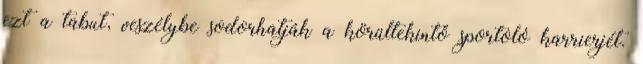
ezt a tabut, veszélybe sodorhatják a körültekintő sportoló karrierjét.